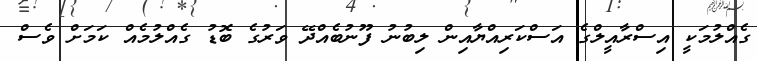
ގެއްލުމަކީ އިސްރާއީލްގެ އަސްކަރިއްޔާއިން ލިބުނު ފޫނުބެއްދޭ ވަރުގެ ބޮޑު ގެއްލުމެއް ކަމަށް ވެސް